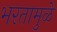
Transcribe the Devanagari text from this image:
भरतामुळे